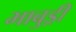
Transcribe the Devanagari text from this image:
भाबुड्री